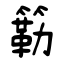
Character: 簕